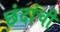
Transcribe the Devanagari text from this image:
छंदांची